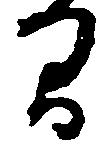
間